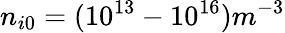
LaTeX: n_{i0}=(10^{13}-10^{16})m^{-3}